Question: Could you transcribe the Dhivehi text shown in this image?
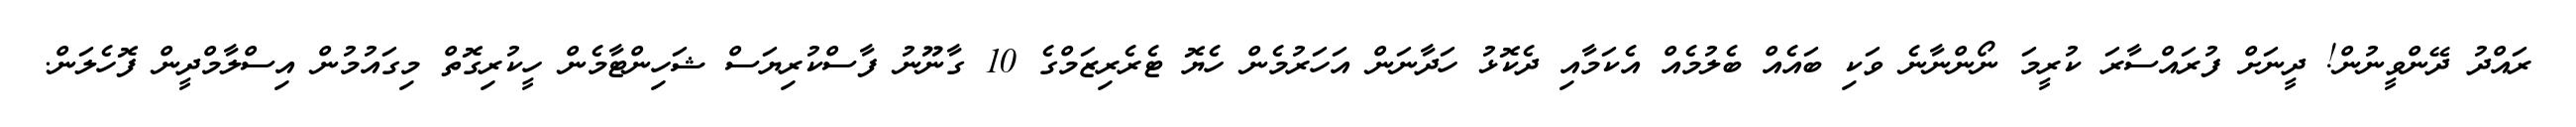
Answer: ރައްދު ދޭންވީނުން! ދީނަށް ފުރައްސާރަ ކުރީމަ ނޯންނާނެ ވަކި ބައެއް ބެލުމެއް އެކަމާއި ދެކޮޅު ހަދާނަން އަހަރުމެން ހެޔޮ ޓެރެރިޒަމްގެ 10 ގާނޫނު ފާސްކުރިޔަސް ޝަހިންޓާމެން ހީކުރިގޮތް މިގައުމުން އިސްލާމްދީން ފޮހެލަން.